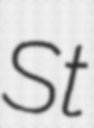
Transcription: St